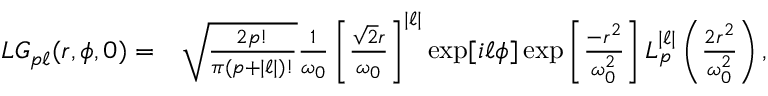
\begin{array} { r l } { L G _ { p \ell } ( r , \phi , 0 ) = } & { \sqrt { \frac { 2 p ! } { \pi ( p + | \ell | ) ! } } \frac { 1 } { \omega _ { 0 } } \left[ \frac { \sqrt { 2 } r } { \omega _ { 0 } } \right] ^ { | \ell | } \exp [ i \ell \phi ] \exp \left[ \frac { - r ^ { 2 } } { \omega _ { 0 } ^ { 2 } } \right] L _ { p } ^ { | \ell | } \left( \frac { 2 r ^ { 2 } } { \omega _ { 0 } ^ { 2 } } \right) , } \end{array}